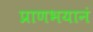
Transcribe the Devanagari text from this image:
प्राणभयानं